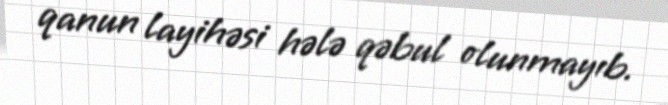
qanun layihəsi hələ qəbul olunmayıb.